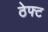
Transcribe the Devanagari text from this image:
ठेफ्ट